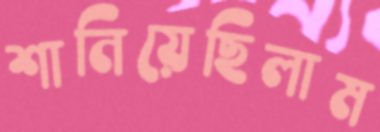
শানিয়েছিলাম